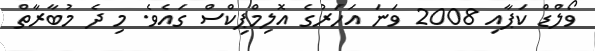
ވޯލްޑް ކަޕާއި 2008 ވަނަ އަހަރުގެ އޮލިމްޕިކްސް ގައެވެ. މި ދެ މުބާރާތް